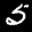
Label: 5